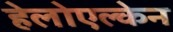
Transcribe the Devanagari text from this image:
हेलोएल्केन